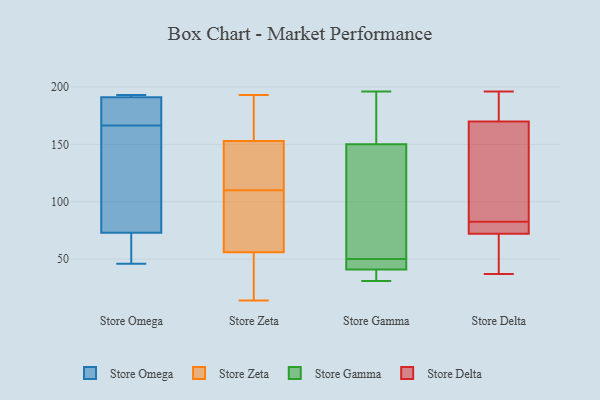
{"axis": {"x": "Operating Costs (USD K)", "y": "Value"}, "legend": ["Store Delta", "Store Gamma", "Store Omega", "Store Zeta"], "data": [{"x": "", "y": 72, "type": "Store Omega"}, {"x": "", "y": 170, "type": "Store Omega"}, {"x": "", "y": 193, "type": "Store Omega"}, {"x": "", "y": 73, "type": "Store Omega"}, {"x": "", "y": 172, "type": "Store Omega"}, {"x": "", "y": 46, "type": "Store Omega"}, {"x": "", "y": 191, "type": "Store Omega"}, {"x": "", "y": 193, "type": "Store Omega"}, {"x": "", "y": 156, "type": "Store Omega"}, {"x": "", "y": 163, "type": "Store Omega"}, {"x": "", "y": 118, "type": "Store Zeta"}, {"x": "", "y": 125, "type": "Store Zeta"}, {"x": "", "y": 102, "type": "Store Zeta"}, {"x": "", "y": 14, "type": "Store Zeta"}, {"x": "", "y": 87, "type": "Store Zeta"}, {"x": "", "y": 56, "type": "Store Zeta"}, {"x": "", "y": 49, "type": "Store Zeta"}, {"x": "", "y": 193, "type": "Store Zeta"}, {"x": "", "y": 41, "type": "Store Zeta"}, {"x": "", "y": 150, "type": "Store Zeta"}, {"x": "", "y": 155, "type": "Store Zeta"}, {"x": "", "y": 153, "type": "Store Zeta"}, {"x": "", "y": 80, "type": "Store Zeta"}, {"x": "", "y": 185, "type": "Store Zeta"}, {"x": "", "y": 41, "type": "Store Gamma"}, {"x": "", "y": 55, "type": "Store Gamma"}, {"x": "", "y": 31, "type": "Store Gamma"}, {"x": "", "y": 196, "type": "Store Gamma"}, {"x": "", "y": 161, "type": "Store Gamma"}, {"x": "", "y": 150, "type": "Store Gamma"}, {"x": "", "y": 87, "type": "Store Gamma"}, {"x": "", "y": 43, "type": "Store Gamma"}, {"x": "", "y": 45, "type": "Store Gamma"}, {"x": "", "y": 31, "type": "Store Gamma"}, {"x": "", "y": 75, "type": "Store Delta"}, {"x": "", "y": 72, "type": "Store Delta"}, {"x": "", "y": 77, "type": "Store Delta"}, {"x": "", "y": 196, "type": "Store Delta"}, {"x": "", "y": 55, "type": "Store Delta"}, {"x": "", "y": 170, "type": "Store Delta"}, {"x": "", "y": 87, "type": "Store Delta"}, {"x": "", "y": 93, "type": "Store Delta"}, {"x": "", "y": 177, "type": "Store Delta"}, {"x": "", "y": 83, "type": "Store Delta"}, {"x": "", "y": 57, "type": "Store Delta"}, {"x": "", "y": 182, "type": "Store Delta"}, {"x": "", "y": 37, "type": "Store Delta"}, {"x": "", "y": 82, "type": "Store Delta"}]}